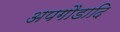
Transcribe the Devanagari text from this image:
अपगौडादि